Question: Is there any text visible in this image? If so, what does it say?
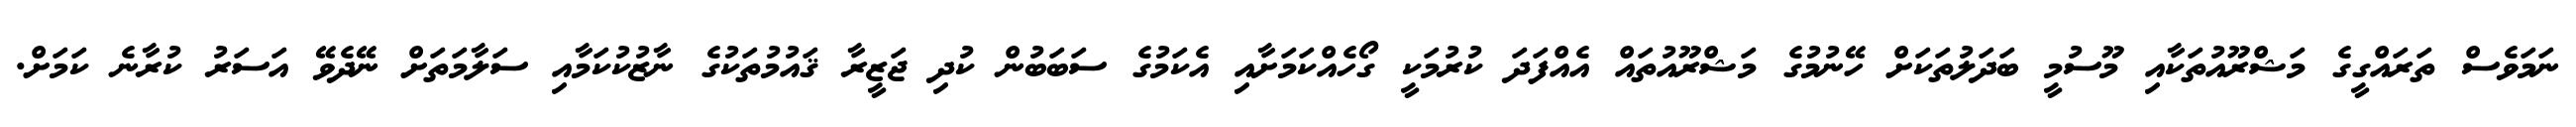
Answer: ނަމަވެސް ތަރައްގީގެ މަޝްރޫއުތަކާއި މޫސުމީ ބަދަލުތަކަށް ހޭނުމުގެ މަޝްރޫއުތައް އެއްފަދަ ކުރުމަކީ ގޯހެއްކަމަށާއި އެކަމުގެ ސަބަބުން ކުދި ޖަޒީރާ ޤައުމުތަކުގެ ނާޒުކުކަމާއި ސަލާމަތަށް ނޭދެވޭ އަސަރު ކުރާނެ ކަމަށް.